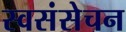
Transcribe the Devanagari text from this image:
स्वसंसेचन